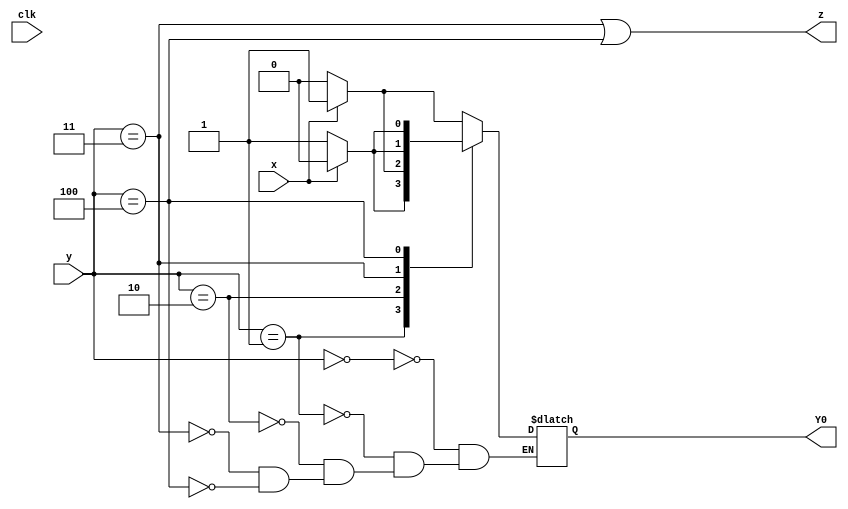
module top_module (
    input clk,
    input [2:0] y,
    input x,
    output Y0,
    output z
);
  	reg[2:0] state,next;
    parameter A=3'd0,B=3'd1,C=3'd2,D=3'd3,E=3'd4;
    
    always@(*) begin
        case(y)
            A: next = (~x)? A : B;
            B: next = (~x)? B : E;
            C: next = (~x)? C : B;
            D: next = (~x)? B : C;
            E: next = (~x)? D : E; 
        endcase
    end
    
    always@(posedge clk) begin
       state <= next; 
    end

    assign z = (y == D) || (y == E);
    assign Y0 = next[0];

endmodule